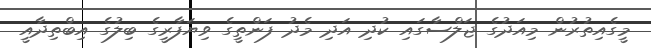
މީގެއިތުރުން މިއަދުގެ ޖަލްސާގައި ކުދި އަދި މެދު ފަންތީގެ ވިޔަފާރީގެ ބިލުގެ އިބްތިދާއީ